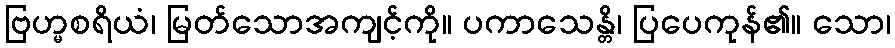
ဗြဟ္မစရိယံ၊ မြတ်သောအကျင့်ကို။ ပကာသေန္တိ၊ ပြပေကုန်၏။ သော၊